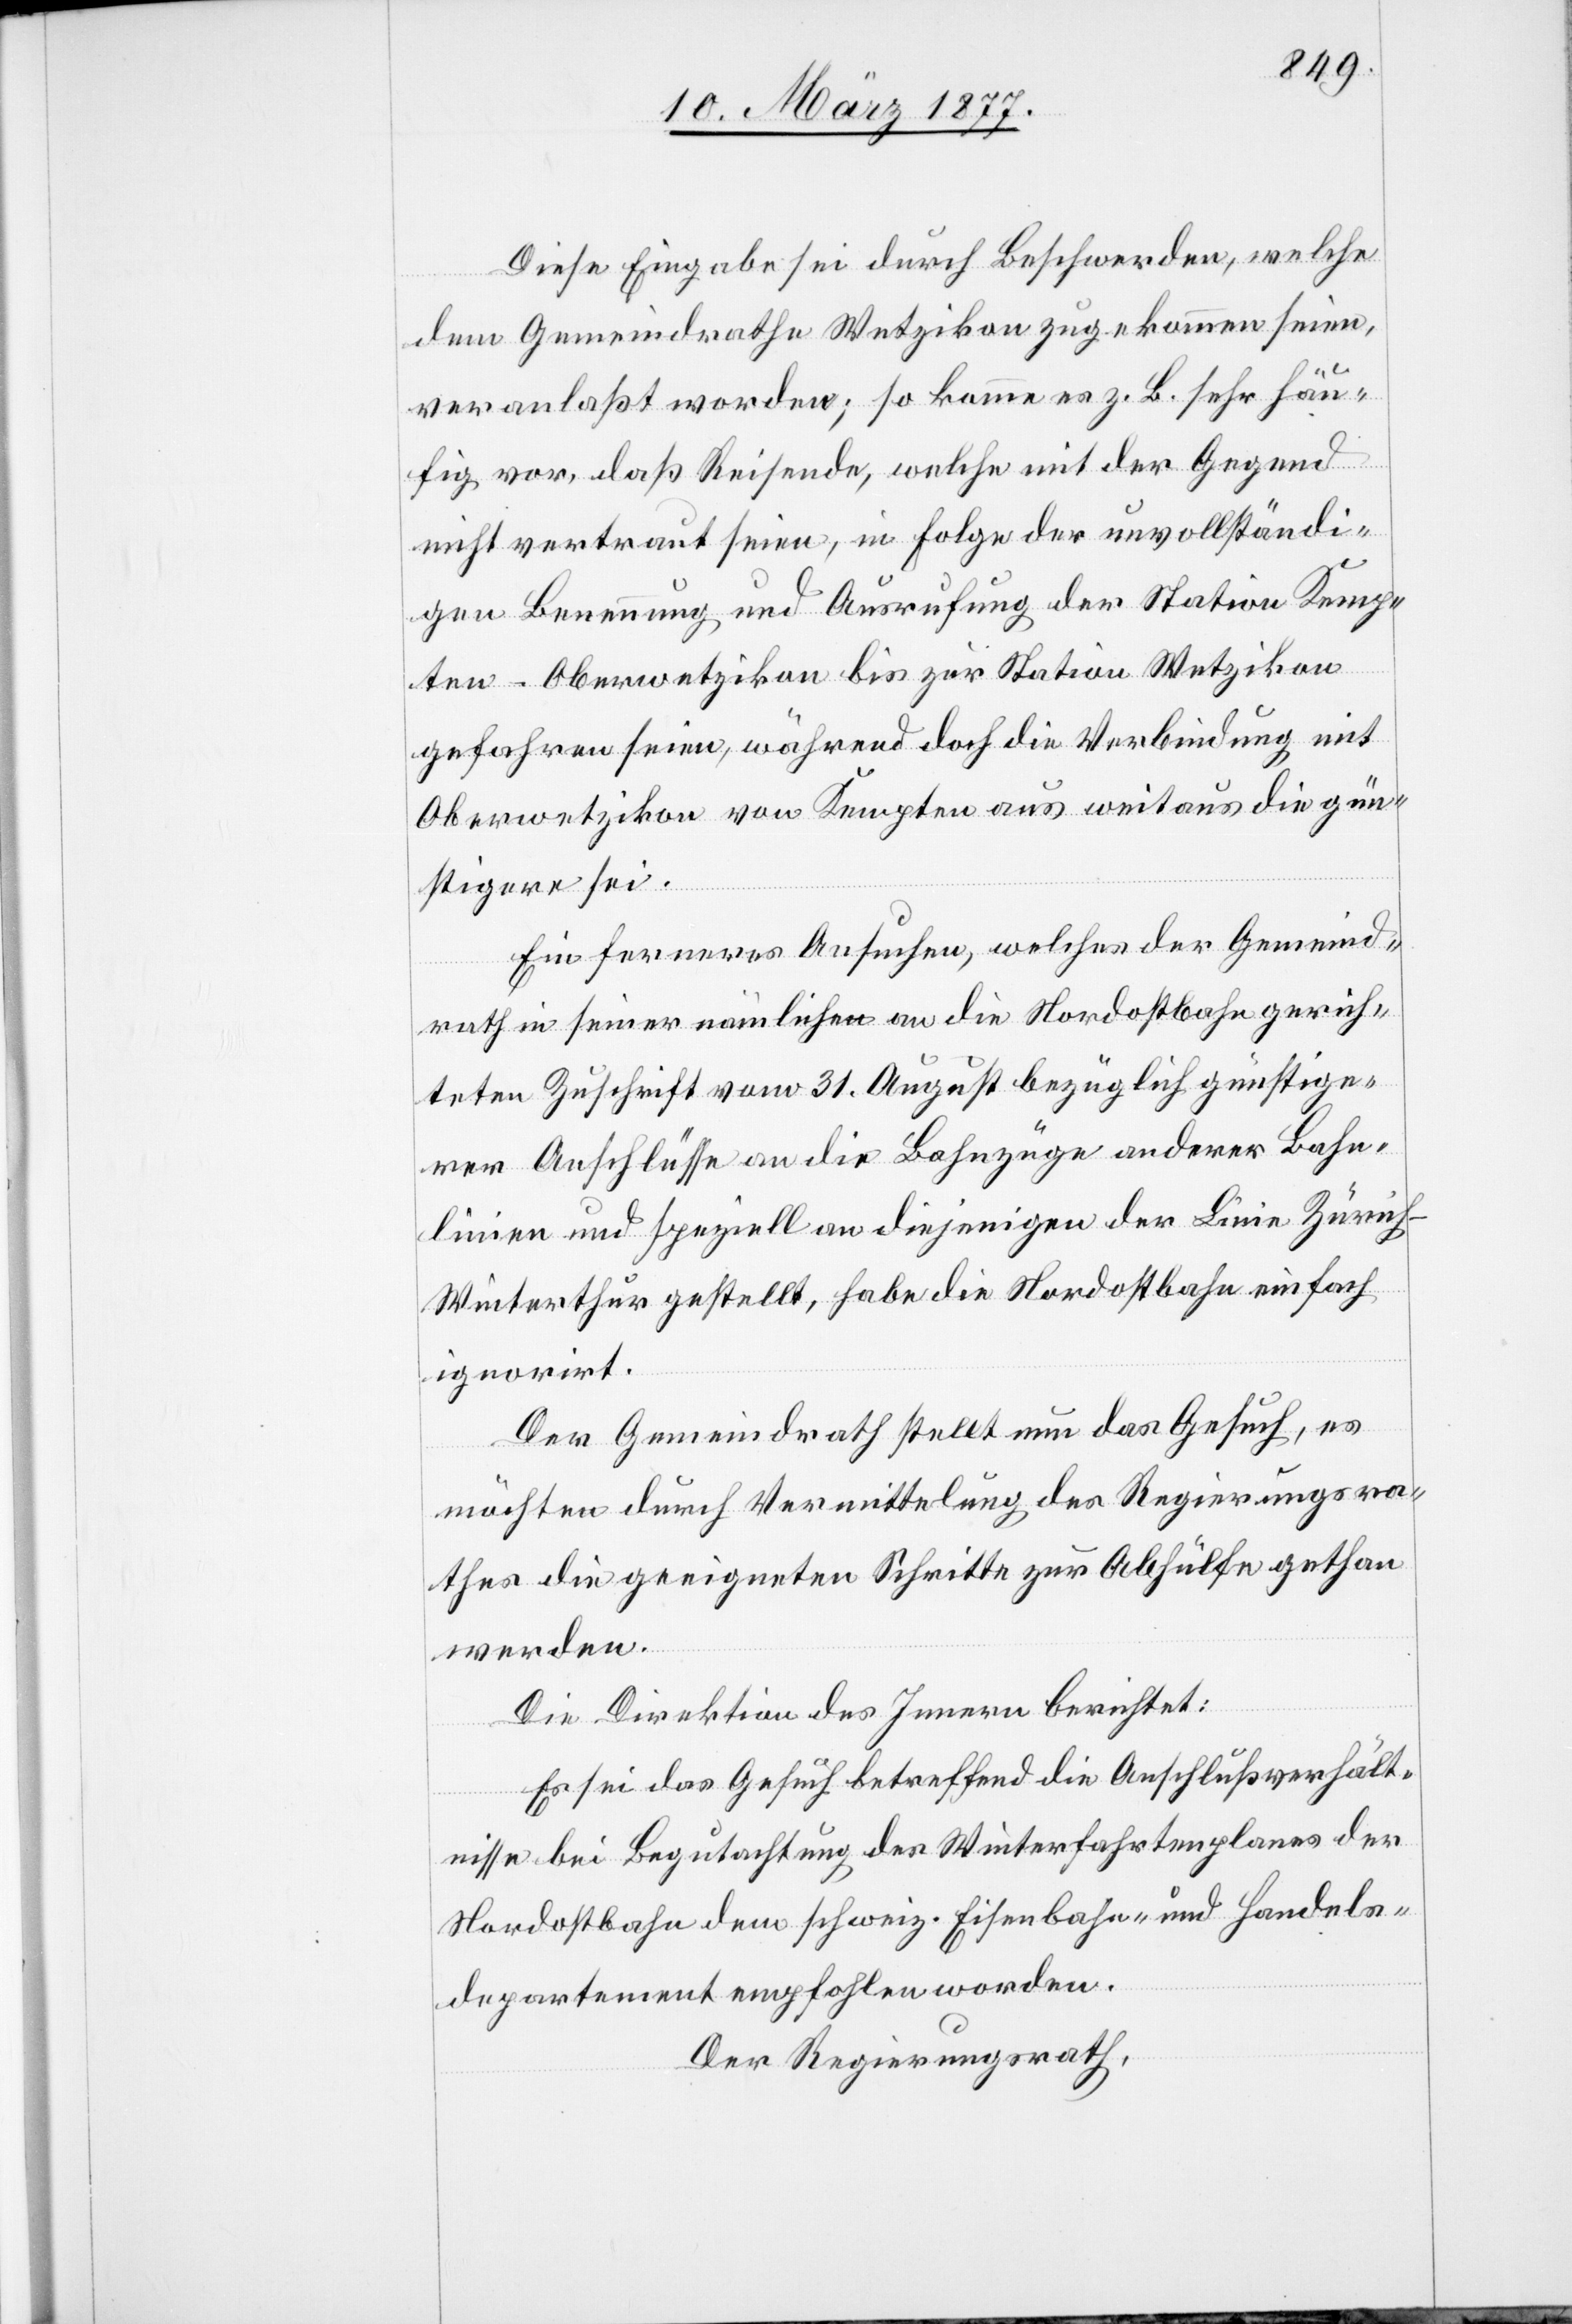
Diese Eingabe sei durch Beschwerden, welche
dem Gemeindrathe Wetzikon zugekommen seien,
veranlaßt worden; so komme es z. B. sehr häu¬
fig vor, daß Reisende, welche mit der Gegend
nicht vertraut seien, in Folge der unvollständi¬
gen Benennung und Ausrufung der Station Kemp¬
ten-Oberwetzikon bis zur Station Wetzikon
gefahren seien, während doch die Verbindung mit
Oberwetzikon von Kempten aus weitaus die gün¬
stigere sei.
Ein ferneres Ansuchen, welches der Gemeind¬
rath in seiner nämlichen an die Nordostbahn gerich¬
teten Zuschrift vom 31. August bezüglich günstige¬
rer Anschlüsse an die Bahnzüge anderer Bahn¬
linien und speziell an diejenigen der Linie Zürich–W¬
interthur gestellt, habe die Nordostbahn einfach
ignorirt.
Der Gemeindrath stellt nun das Gesuch, es
möchten durch Vermittlung des Regierungsra¬
thes die geeigneten Schritte zur Abhülfe gethan
werden.
Die Direktion des Innern berichtet:
Es sei das Gesuch betreffend die Anschlußverhält¬
nisse bei Begutachtung des Winterfahrtenplanes der
Nordostbahn dem schweiz. Eisenbahn- und Handels¬
departement empfohlen worden.
Der Regierungsrath,